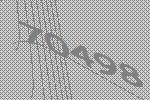
70498